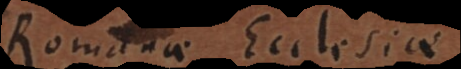
Romanae Ecclesiae